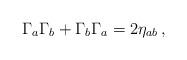
LaTeX: \begin{align*}\Gamma_a \Gamma_b + \Gamma_b \Gamma_a = 2\eta_{ab}\,,\end{align*}